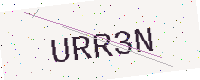
Text: URR3N